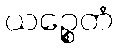
ယဉ္စေတံ